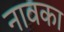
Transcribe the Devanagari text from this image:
नावका